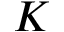
K